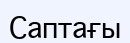
Саптағы